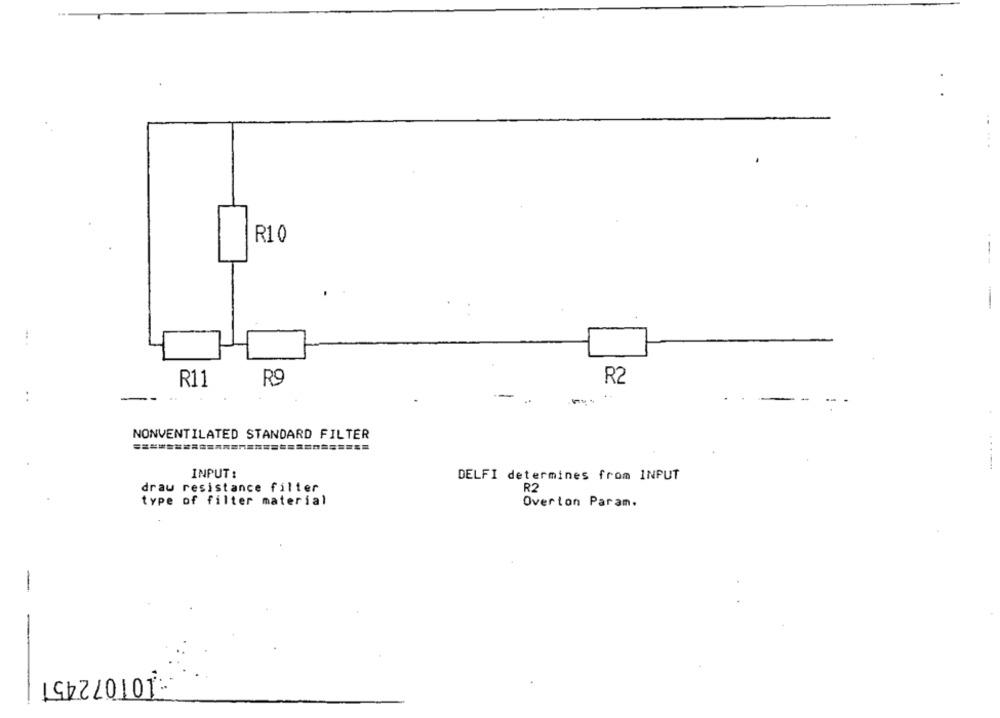
R10
--
R9
R2
R11
-
NONVENTILATED STANDARD FILTER
INPUT :
DELFI determines from INPUT
drau resistance filter
R2
type of filter material
Overton Param.
-
-
191220101